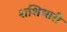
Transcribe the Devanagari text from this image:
शशिधारी